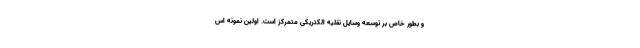
و بطور خاص بر توسعه وسایل نقلیه الکتریکی متمرکز است. اولین نمونه اس